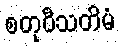
စတုဝီသတိမံ